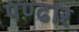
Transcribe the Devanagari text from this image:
पण्‍ढार